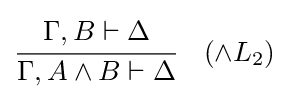
{\cfrac {\Gamma ,B\vdash \Delta }{\Gamma ,A\land B\vdash \Delta }}\quad ({\land }L_{2})